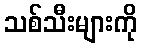
သစ်သီးများကို